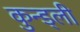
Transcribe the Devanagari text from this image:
कुन्ड्ली